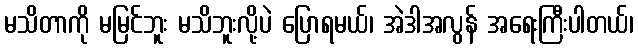
မသိတာကို မမြင်ဘူး မသိဘူးလို့ပဲ ပြောရမယ်၊ အဲဒါအလွန် အရေးကြီးပါတယ်၊